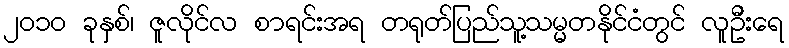
၂၀၁၀ ခုနှစ်၊ ဇူလိုင်လ စာရင်းအရ တရုတ်ပြည်သူ့သမ္မတနိုင်ငံတွင် လူဦးရေ